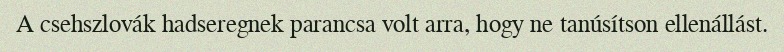
A csehszlovák hadseregnek parancsa volt arra, hogy ne tanúsítson ellenállást.